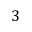
3